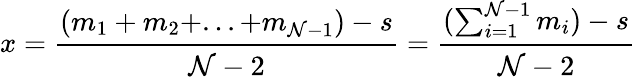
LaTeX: x={\cfrac{(m_{1}+m_{2}+...+m_{\mathcal{N}-1})-s}{\mathcal{N}-2}}={\cfrac{(\sum_{i=1}^{\mathcal{N}-1}m_{i})-s}{\mathcal{N}-2}}